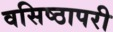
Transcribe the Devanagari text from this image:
वसिष्ठापरी